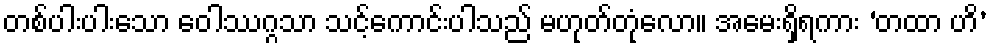
တစ်ပါးပါးသော ဝေါဿဂ္ဂသာ သင့်ကောင်းပါသည် မဟုတ်တုံလော။ အမေးရှိရကား ‘တထာ ဟိ’